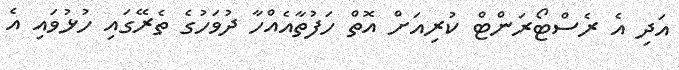
އަދި އެ ރެސްޓޯރަންޓް ކުރިއަށް އޮތް ހަފުތާއެއްހާ ދުވަހުގެ ތެރޭގައި ހުޅުވައި އެ